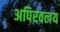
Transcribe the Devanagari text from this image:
अपिरवलय